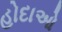
હોદાઓ